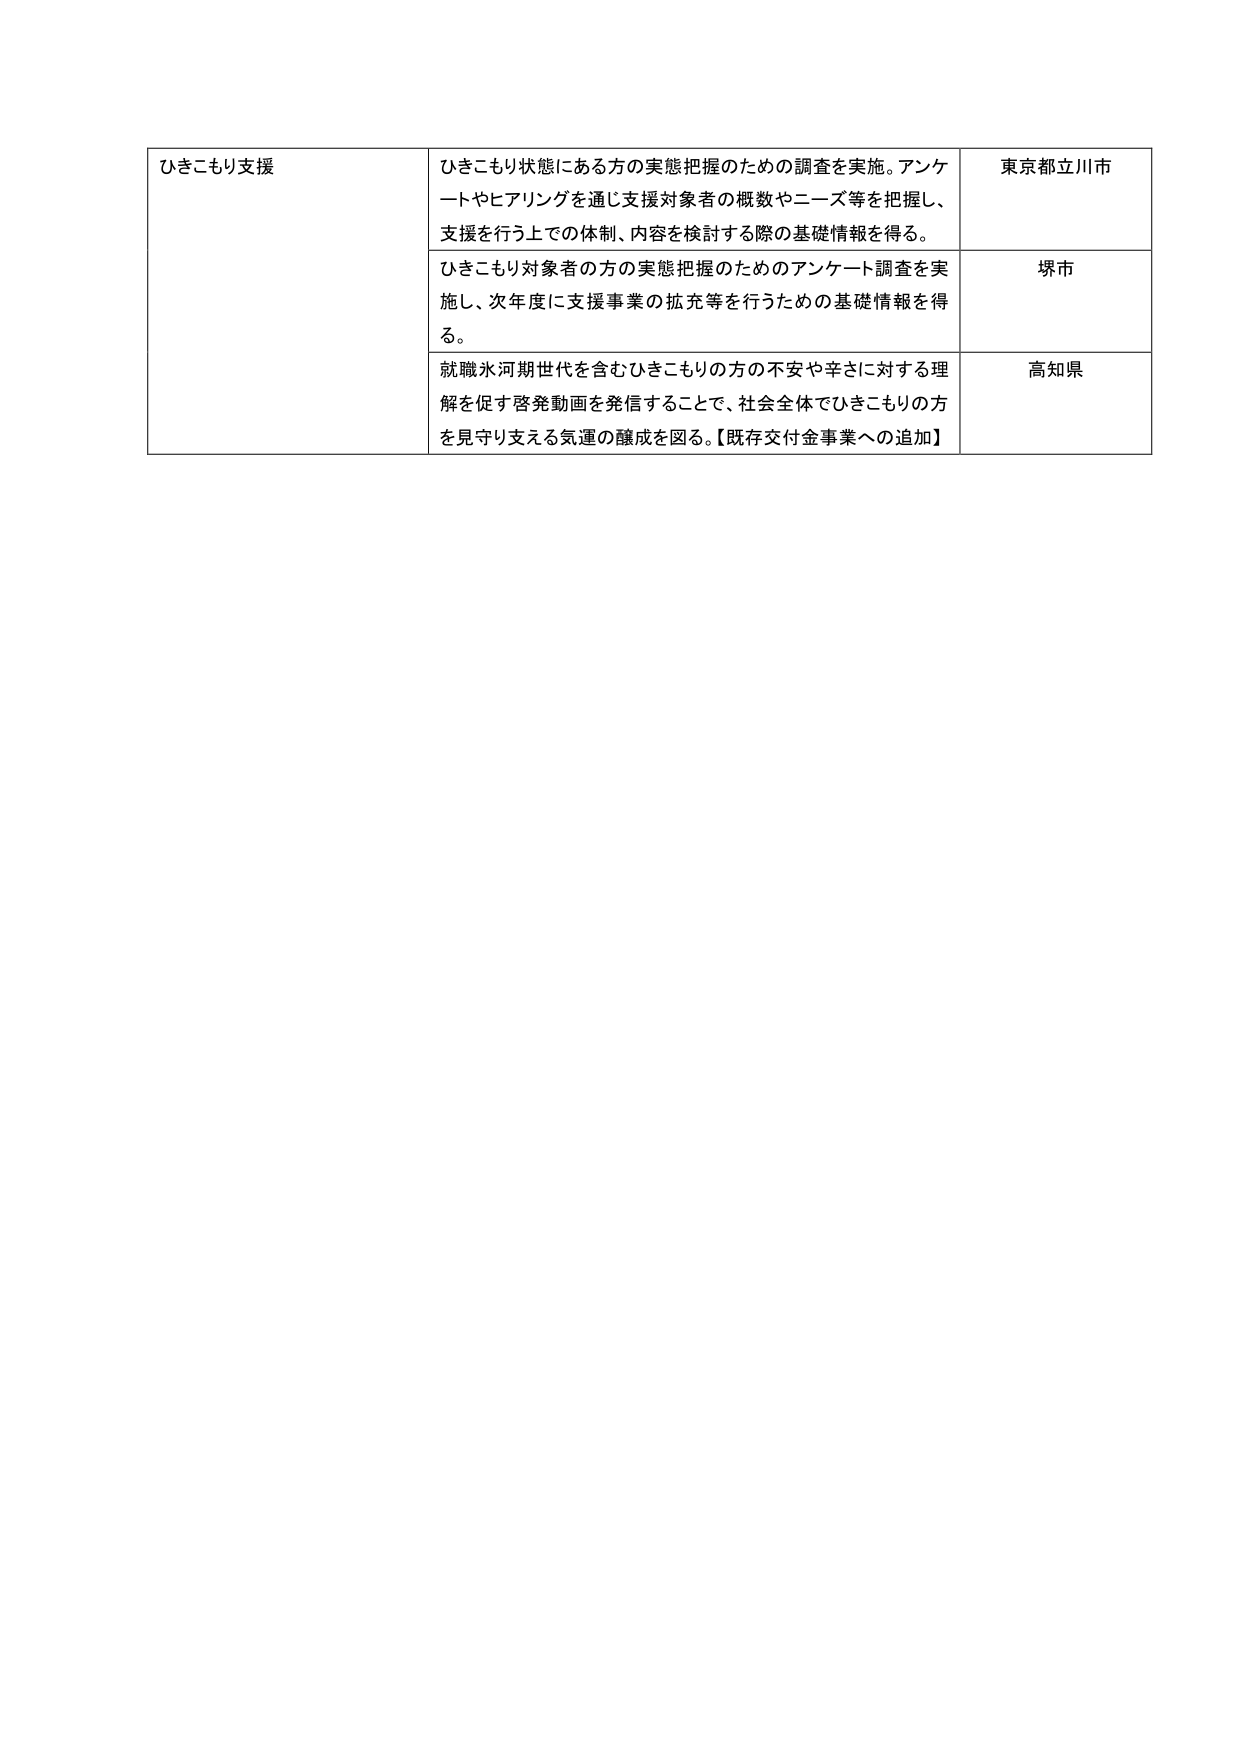
ひきこもり支援
ひきこもり状態にある方の実態把握のための調査を実施。アンケートやヒアリングを通じ支援対象者の概数やニーズ等を把握し、支援を行う上での体制、内容を検討する際の基礎情報を得る。
東京都立川市
ひきこもり対象者の方の実態把握のためのアンケート調査を実施し、次年度に支援事業の拡充等を行うための基礎情報を得る。
堺市
就職氷河期世代を含むひきこもりの方の不安や辛さに対する理解を促す啓発動画を発信することで、社会全体でひきこもりの方を見守り支える気運の醸成を図る。【既存交付金事業への追加】
高知県